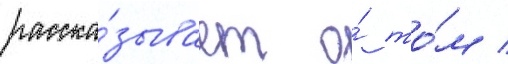
расска́зывает о́ то́м /